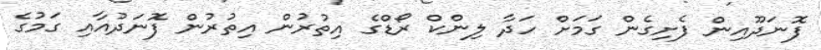
ފޮނަދޫއިން ފެށިގެން ގަމަށް ހަދާ ލިންކް ރޯޑްގެ އިތުރުން އިތުރުން ފޮނަދުއާއި ގަމުގެ